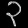
Digit: ၃